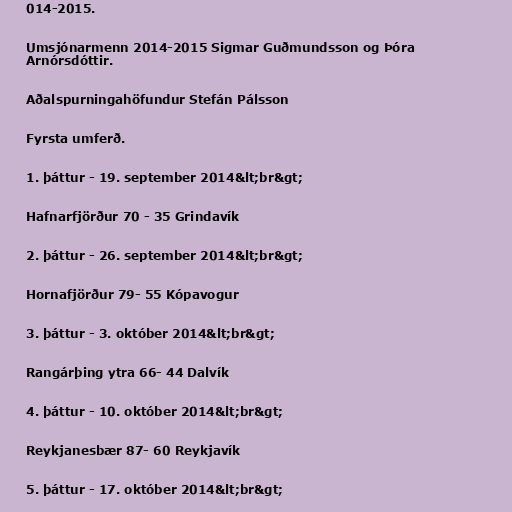
014-2015.

Umsjónarmenn 2014-2015 Sigmar Guðmundsson og Þóra
Arnórsdóttir.

Aðalspurningahöfundur Stefán Pálsson

Fyrsta umferð.

1. þáttur - 19. september 2014&lt;br&gt;

Hafnarfjörður 70 - 35 Grindavík

2. þáttur - 26. september 2014&lt;br&gt;

Hornafjörður 79- 55 Kópavogur

3. þáttur - 3. október 2014&lt;br&gt;

Rangárþing ytra 66- 44 Dalvík

4. þáttur - 10. október 2014&lt;br&gt;

Reykjanesbær 87- 60 Reykjavík

5. þáttur - 17. október 2014&lt;br&gt;